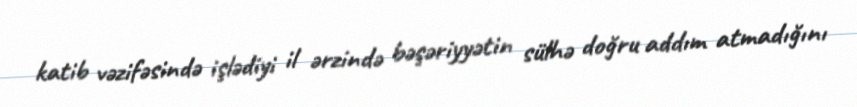
katib vəzifəsində işlədiyi il ərzində bəşəriyyətin sülhə doğru addım atmadığını